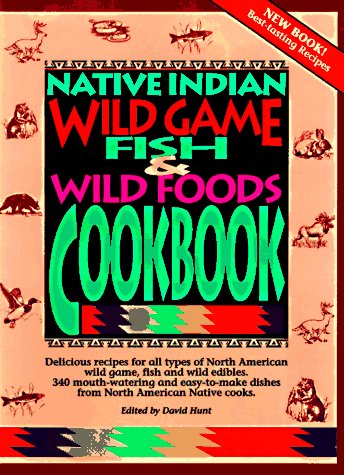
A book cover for Native Indian Wild Game, Fish & Wild Foods Cookbook; Cookbooks, Food & Wine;